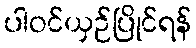
ပါဝင်ယှဉ်ပြိုင်ရန်